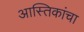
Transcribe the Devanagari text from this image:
आस्तिकांचा